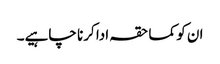
ان کو کما حقہ ادا کرنا چاہیے۔